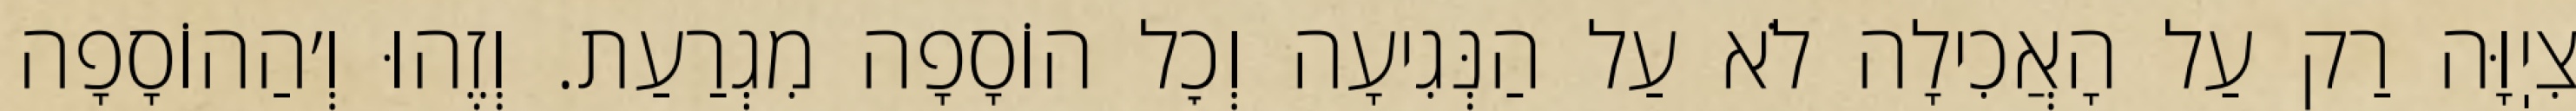
צִיֽוָּה רַק עַל הָאֲכִילָה לֹא עַל הַנְּגִיעָה וְכׇל הוֹסָפָה מִגְרַעַת. וְזֶהוּ וְ׳הַהוֹסָפָה